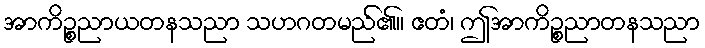
အာကိဉ္စညာယတနသညာ သဟဂတမည်၏။ ဧတံ၊ ဤအာကိဉ္စညာတနသညာ